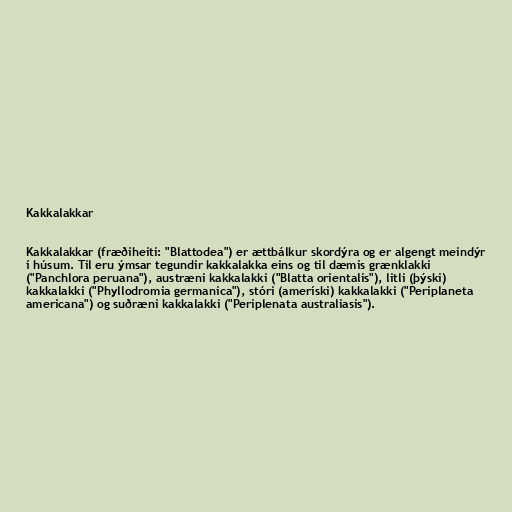
Kakkalakkar

Kakkalakkar (fræðiheiti: "Blattodea") er ættbálkur skordýra og er algengt meindýr
í húsum. Til eru ýmsar tegundir kakkalakka eins og til dæmis grænklakki
("Panchlora peruana"), austræni kakkalakki ("Blatta orientalis"), litli (þýski)
kakkalakki ("Phyllodromia germanica"), stóri (ameríski) kakkalakki ("Periplaneta
americana") og suðræni kakkalakki ("Periplenata australiasis").